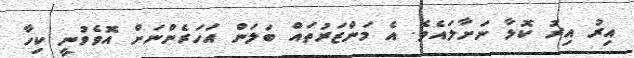
އިރު އިރު ކޮޅާ ނަށާލައެވެ. އެ މަންޒަރުތައް ބަލަން އަހަރެންނަށް އޮވެވުނީ ކިހާ